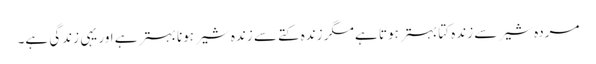
مردہ شیر سے زندہ کتا بہتر ہوتا ہے مگر زندہ کتے سے زندہ شیر ہونا بہتر ہے اور یہی زندگی ہے۔